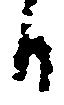
日